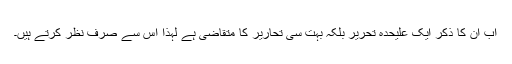
اب ان کا ذکر ایک علیحدہ تحریر بلکہ بہت سی تحاریر کا متقاضی ہے لہذا اس سے صرف نظر کرتے ہیں۔